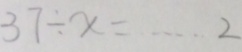
3 7 \div x = \cdots 2